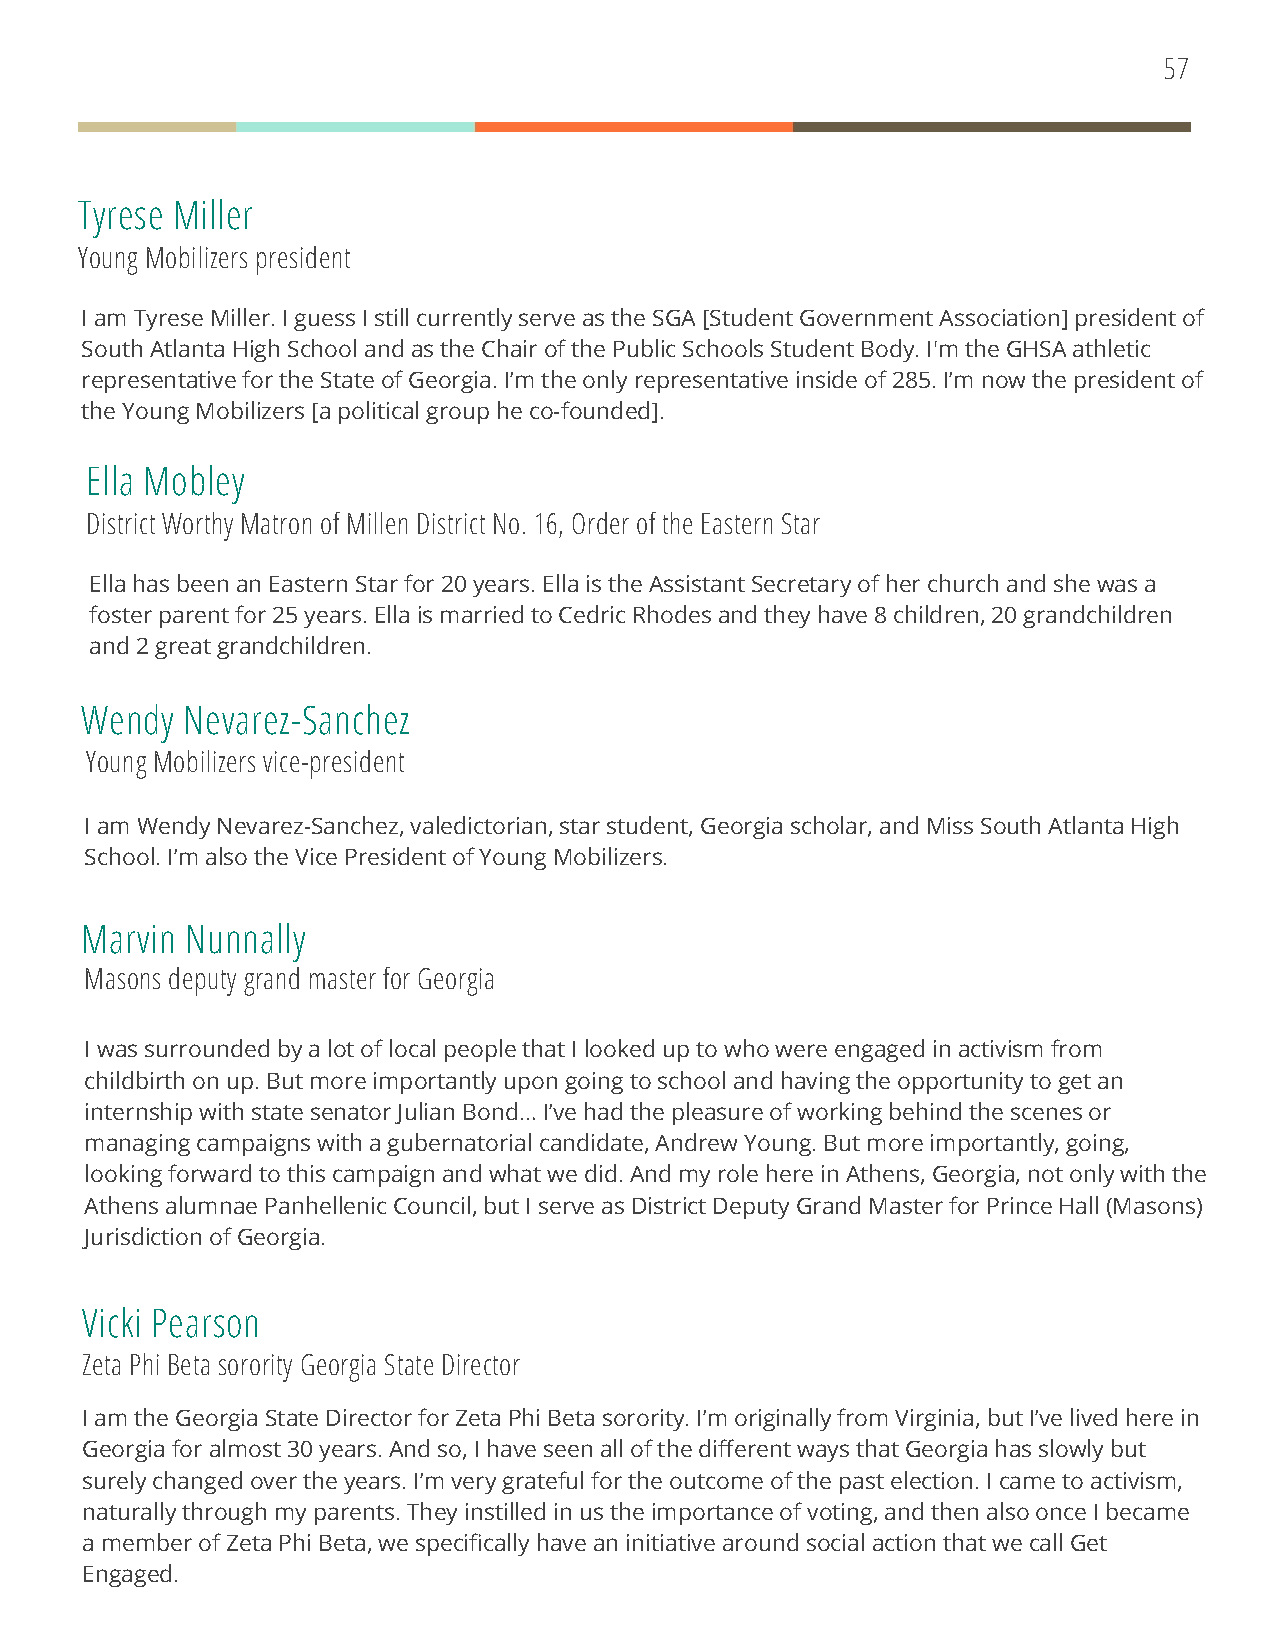
57
 Tyrese Miller
 Young Mobilizers president
 I am Tyrese Miller. I guess I still currently serve as the SGA [Student Government Association] president of
 South Atlanta High School and as the Chair of the Public Schools Student Body. I'm the GHSA athletic
 representative for the State of Georgia. I’m the only representative inside of 285. I’m now the president of
 the Young Mobilizers [a political group he co-founded].
 Ella Mobley
 District Worthy Matron of Millen District No. 16, Order of the Eastern Star
 Ella has been an Eastern Star for 20 years. Ella is the Assistant Secretary of her church and she was a
 foster parent for 25 years. Ella is married to Cedric Rhodes and they have 8 children, 20 grandchildren
 and 2 great grandchildren.
 Wendy  Nevarez-Sanchez
 Young Mobilizers vice-president
 I am Wendy Nevarez-Sanchez, valedictorian, star student, Georgia scholar, and Miss South Atlanta High
 School. I’m also the Vice President of Young Mobilizers.
 Marvin Nunnally
 Masons deputy grand master for Georgia
 I was surrounded by a lot of local people that I looked up to who were engaged in activism from
 childbirth on up. But more importantly upon going to school and having the opportunity to get an
 internship with state senator Julian Bond… I’ve had the pleasure of working behind the scenes or
 managing campaigns with a gubernatorial candidate, Andrew Young. But more importantly, going,
 looking forward to this campaign and what we did. And my role here in Athens, Georgia, not only with the
 Athens alumnae Panhellenic Council, but I serve as District Deputy Grand Master for Prince Hall (Masons)
 Jurisdiction of Georgia.
 Vicki Pearson
 Zeta Phi Beta sorority Georgia State Director
 I am the Georgia State Director for Zeta Phi Beta sorority. I’m originally from Virginia, but I’ve lived here in
 Georgia for almost 30 years. And so, I have seen all of the different ways that Georgia has slowly but
 surely changed over the years. I’m very grateful for the outcome of the past election. I came to activism,
 naturally through my parents. They instilled in us the importance of voting, and then also once I became
 a member of Zeta Phi Beta, we specifically have an initiative around social action that we call Get
 Engaged.